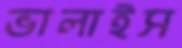
ভালাইস